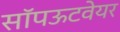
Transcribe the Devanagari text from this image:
सॉपऊटवेयर